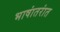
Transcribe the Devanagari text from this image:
भाषांतरांत